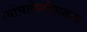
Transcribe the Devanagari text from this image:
त्यांचावेगवेगळ्या